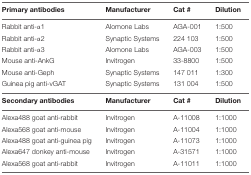
<table><thead><tr><td><b>Primary antibodies</b></td><td><b>Manufacturer</b></td><td><b>Cat #</b></td><td><b>Dilution</b></td></tr></thead><tbody><tr><td>Rabbit anti-α1</td><td>Alomone Labs</td><td>AGA-001</td><td>1:500</td></tr><tr><td>Rabbit anti-α2</td><td>Synaptic Systems</td><td>224 103</td><td>1:500</td></tr><tr><td>Rabbit anti-α3</td><td>Alomone Labs</td><td>AGA-003</td><td>1:500</td></tr><tr><td>Mouse anti-AnkG</td><td>Invitrogen</td><td>33-8800</td><td>1:500</td></tr><tr><td>Mouse anti-Geph</td><td>Synaptic Systems</td><td>147 011</td><td>1:300</td></tr><tr><td>Guinea pig anti-vGAT</td><td>Synaptic Systems</td><td>131 004</td><td>1:500</td></tr><tr><td><b>Secondary antibodies</b></td><td><b>Manufacturer</b></td><td><b>Cat #</b></td><td><b>Dilution</b></td></tr><tr><td>Alexa488 goat anti-rabbit</td><td>Invitrogen</td><td>A-11008</td><td>1:1000</td></tr><tr><td>Alexa568 goat anti-mouse</td><td>Invitrogen</td><td>A-11004</td><td>1:1000</td></tr><tr><td>Alexa488 goat anti-guinea pig</td><td>Invitrogen</td><td>A-11073</td><td>1:1000</td></tr><tr><td>Alexa647 donkey anti-mouse</td><td>Invitrogen</td><td>A-31571</td><td>1:1000</td></tr><tr><td>Alexa568 goat anti-rabbit</td><td>Invitrogen</td><td>A-11011</td><td>1:1000</td></tr></tbody></table>